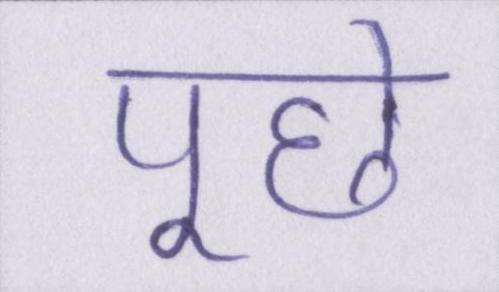
पूछे